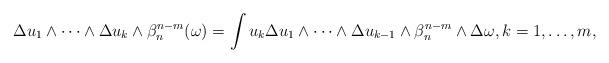
LaTeX: \begin{align*}\Delta u_1\wedge\dots\wedge \Delta u_k \wedge \beta_n^{n-m}(\omega)= \int u_k\Delta u_1\wedge\dots\wedge\Delta u_{k-1}\wedge \beta_n^{n-m}\wedge \Delta \omega, k=1,\dots,m , \end{align*}